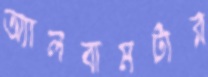
অ্যালবামটার